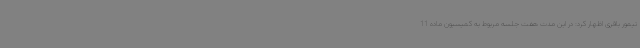
تیمور باقری اظهار کرد: در این مدت هفت جلسه مربوط به کمیسیون ماده 11